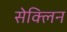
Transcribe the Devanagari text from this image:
सेक्लिन